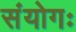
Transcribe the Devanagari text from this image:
संयोगः